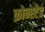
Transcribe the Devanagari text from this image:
क्रोन्स्टेड